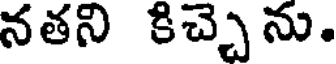
నతని కిచ్చెను.